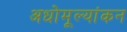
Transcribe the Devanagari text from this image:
अधोमूल्यांकन